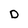
Character: D